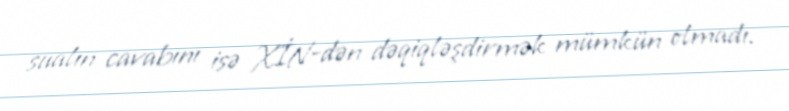
sualın cavabını isə XİN-dən dəqiqləşdirmək mümkün olmadı.